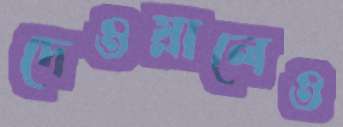
দেওয়ালেও